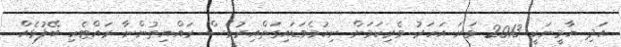
އަދި ޔާމީނަކީ 2013 ވަނަ އަހަރު ވެރިކަމަށް ނިކުމެވަޑައިގަތްއިރުވެސް ރައްޔިތުންނާ ރައްޓެހި ބޭފުޅެއް